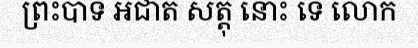
ព្រះបាទ អជាត សត្តុ នោះ ទេ លោក